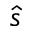
\hat { s }